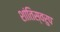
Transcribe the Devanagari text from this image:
शांतिस्वरुप